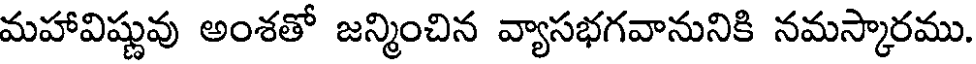
మహావిష్ణువు అంశతో జన్మించిన వ్యాసభగవానునికి నమస్కారము.